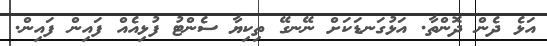
އަޅެ ދެން ދޮންތާ. އަޅުގަނޑަކަށް ނޭނގޭ ތިކިޔާ ސެންޓު ފުޅިއެއް ފައިން ފައިން.